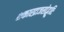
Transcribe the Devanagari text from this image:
शकारद्राजसोद्भूतिः